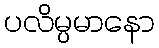
ပလိမ္ပမာနော